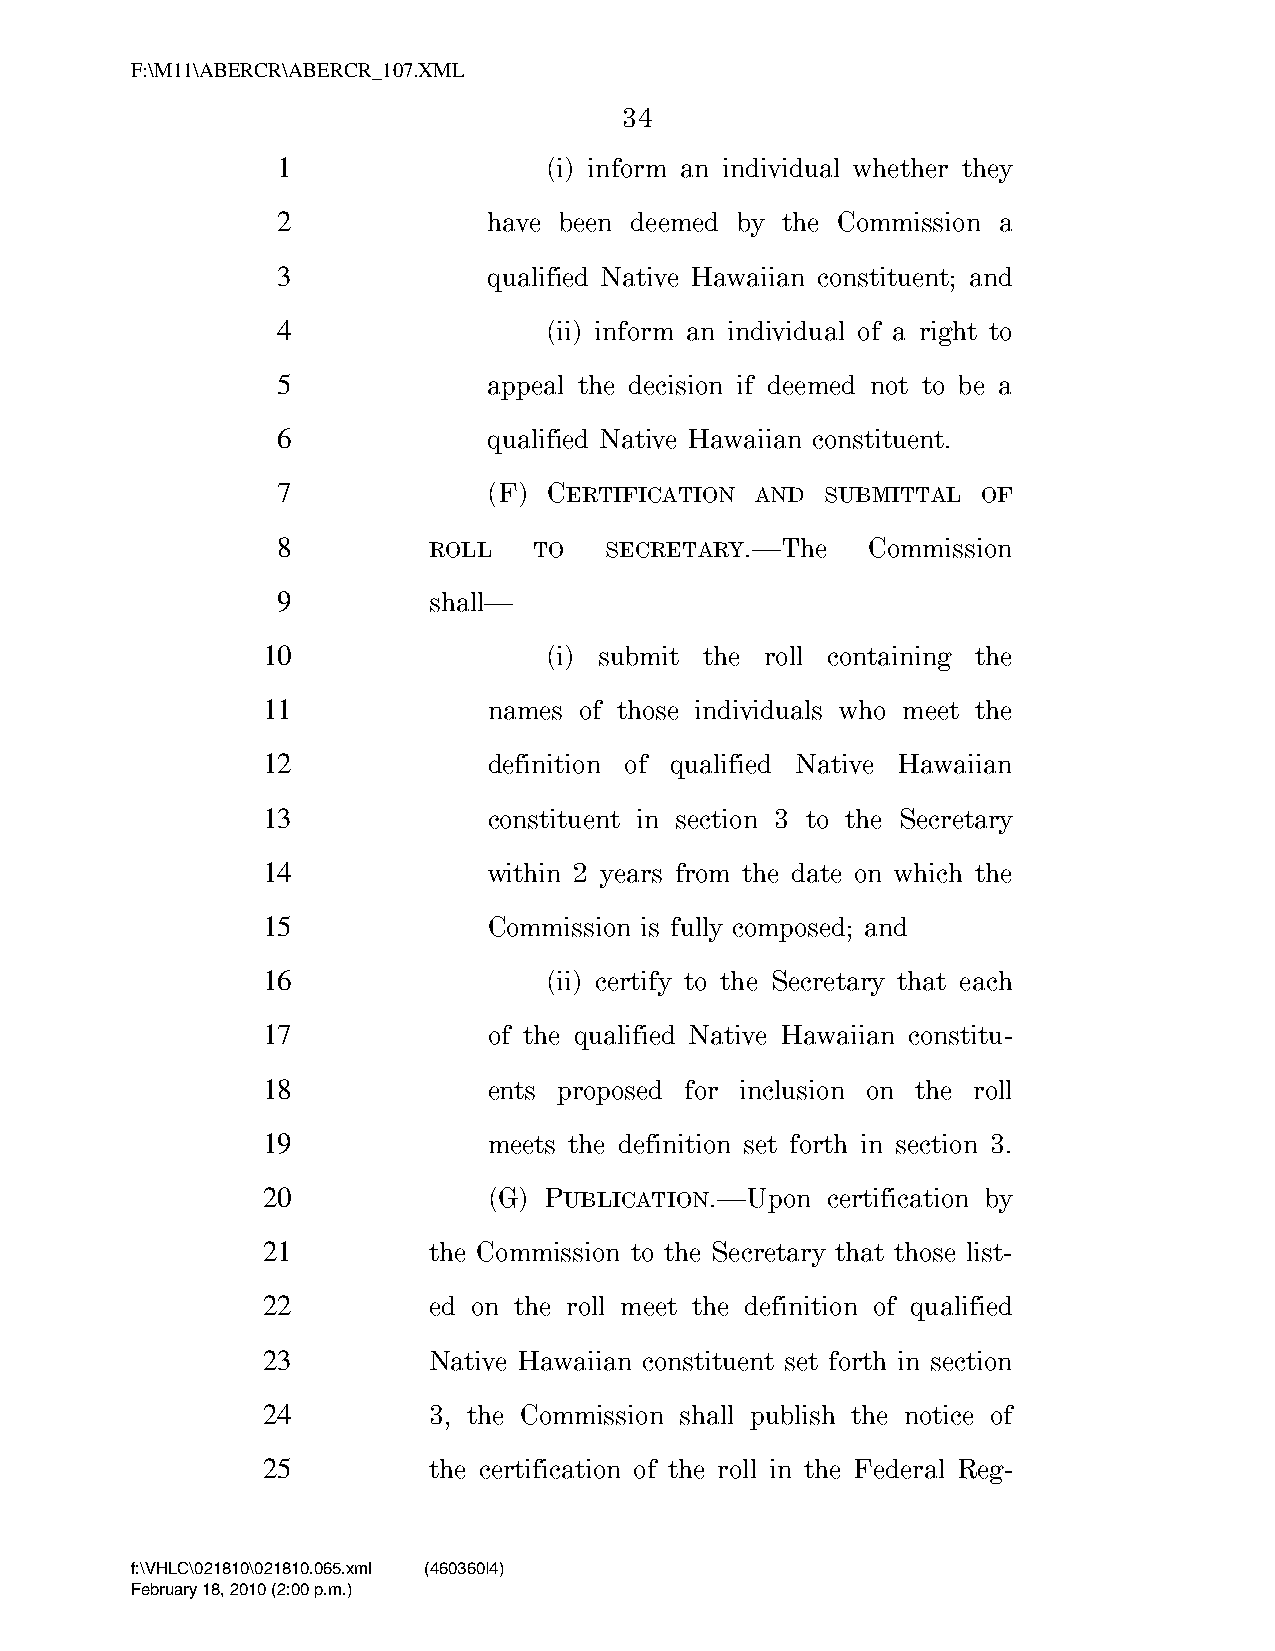
F:\M11\ABERCR\ABERCR_107.XML
 34
 1                 (i) inform an individual whether they
 2             have been deemed by the Commission a
 3             qualified Native Hawaiian constituent; and
 4                 (ii) inform an individual of a right to
 5             appeal the decision if deemed not to be a
 6             qualified Native Hawaiian constituent.
 7             (F) CERTIFICATION AND  SUBMITTAL OF
 8         ROLL   TO   SECRETARY.—The    Commission
 9         shall—
 10                 (i) submit the roll containing the
 11             names of those individuals who meet the
 12             definition of qualified Native Hawaiian
 13             constituent in section 3 to the Secretary
 14             within 2 years from the date on which the
 15             Commission is fully composed; and
 16                 (ii) certify to the Secretary that each
 17             of the qualified Native Hawaiian constitu-
 18             ents proposed for inclusion on the roll
 19             meets the definition set forth in section 3.
 20             (G) PUBLICATION.—Upon  certification by
 21         the Commission to the Secretary that those list-
 22         ed on the roll meet the definition of qualified
 23         Native Hawaiian constituent set forth in section
 24         3, the Commission shall publish the notice of
 25         the certification of the roll in the Federal Reg-
 f:\VHLC\021810\021810.065.xml (460360|4)
 February 18, 2010 (2:00 p.m.)
 VerDate Nov 24 2008 14:00 Feb 18, 2010 Jkt 000000 PO 00000 Frm 00034 Fmt 6652 Sfmt 6201 C:\TEMP\ABERCR_107.XML HOLCPC